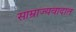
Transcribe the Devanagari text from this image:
साम्राज्यवादात